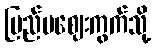
ပြည်ပဈေးကွက်သို့